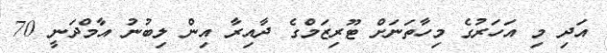
އަދި މި އަހަރުގެ މިހާތަނަށް ޓޫރިޒަމްގެ ދާއިރާ އިން ލިބުނު އާމްދަނީ 70